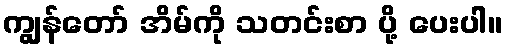
ကျွန်တော် အိမ်ကို သတင်းစာ ပို့ ပေးပါ။